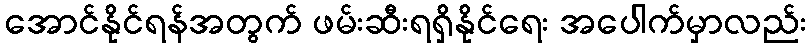
အောင်နိုင်ရန်အတွက် ဖမ်းဆီးရရှိနိုင်ရေး အပေါက်မှာလည်း